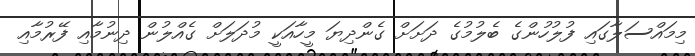
މިމައްސަލާގައި ފުލުހުންގެ ބެލުމުގެ ދަށަށް ގެންދިޔަ މީހާއަކީ މުދަލަށް ގެއްލުން ދިނުމާއި ފޭރުމާއި